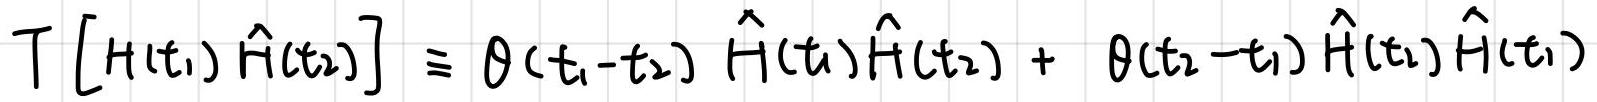
\[ T \left[ H(t_1) \hat{H}(t_2) \right] \equiv \theta(t_1 - t_2) \hat{H}(t_1)\hat{H}(t_2) + \theta(t_2 - t_1) \hat{H}(t_2)\hat{H}(t_1) \]